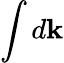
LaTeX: \int d\mathbf k